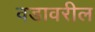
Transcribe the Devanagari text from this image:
वडावरील